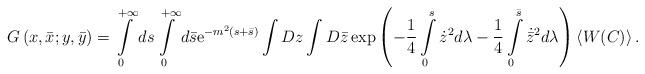
LaTeX: \begin{align*}G\left(x,\bar x;y,\bar y\right)=\int\limits_0^{+\infty}ds\int\limits_0^{+\infty}d\bar s{\rm e}^{-m^2\left(s+\bar s\right)}\int Dz\int D\bar z\exp\left(-\frac14\int\limits_0^s\dot z^2 d\lambda-\frac14\int\limits_0^{\bar s}\dot{\bar z}^2d\lambda\right)\left<W(C)\right>.\end{align*}